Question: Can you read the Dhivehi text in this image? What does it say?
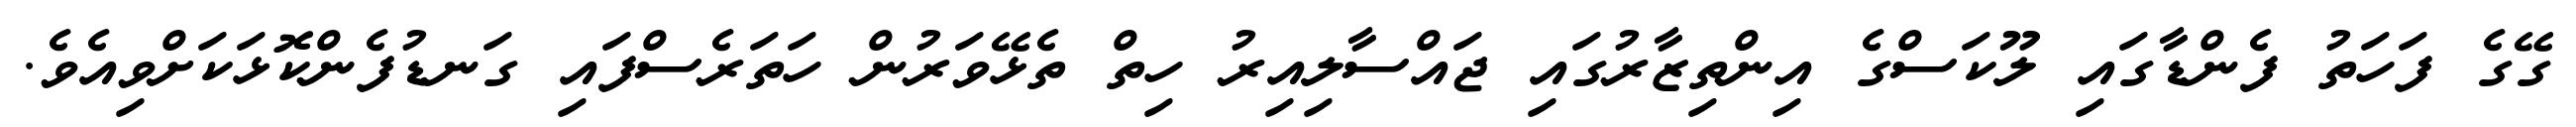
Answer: ގޭގެ ފަހަތު ފެންޑާގައި ލޫކަސްގެ އިންތިޒާރުގައި ޖައްސާލިއިރު ހިތް ތެޅޭވަރުން ހަތަރެސްފައި ގަނޑުފެންކޮޅަކަށްވިއެވެ.